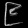
Digit: ၉